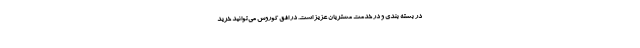
در بسته بندی و در خدمت مشتریان عزیز است. در افق کوروش می‌توانید خرید